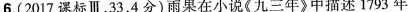
6.(2017课标Ⅲ，33，4分)雨果在小说《九三年》中描述1793年